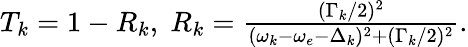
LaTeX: \begin{array}{r}{T_{k}=1-R_{k},\; R_{k}=\frac{(\Gamma_{k}/2)^{2}}{(\omega_{k}-\omega_{e}-\Delta_{k})^{2}+(\Gamma_{k}/2)^{2}}.}\end{array}